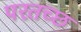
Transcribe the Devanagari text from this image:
परतच्‍छ